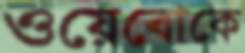
ওয়েবোকে